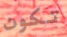
تكون